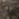
به